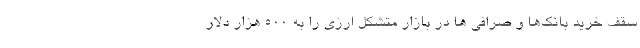
سقف خرید بانک‌ها و صرافی ها در بازار متشکل ارزی را به 500 هزار دلار